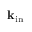
{ \bf k } _ { \mathrm { i n } }